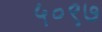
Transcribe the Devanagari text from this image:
५०९७